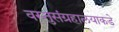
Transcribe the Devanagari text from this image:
वस्तुसंग्रहालयाकडे